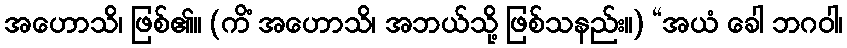
အဟောသိ၊ ဖြစ်၏။ (ကိံ အဟောသိ၊ အဘယ်သို့ ဖြစ်သနည်း။) “အယံ ခေါ ဘဂဝါ၊